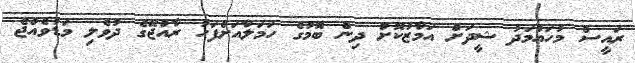
ރައީސް މުހައްމަދު ޝީދަށް އަމާޒުކޮށް ދިން ބޮމުގެ ހަމަލާއަށްފަހު ރާއްޖޭގެ ދުވެލި މަޑުވެއްޖެ